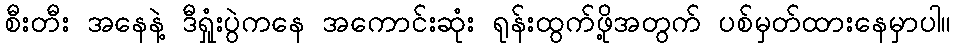
စီးတီး အနေနဲ့ ဒီရှုံးပွဲကနေ အကောင်းဆုံး ရုန်းထွက်ဖို့အတွက် ပစ်မှတ်ထားနေမှာပါ။